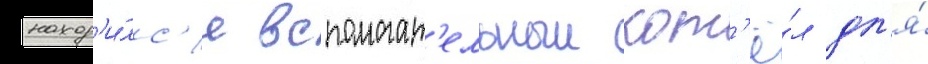
наход'и́лс'я вспомогат'ельныи кот'ё́л дл'я́